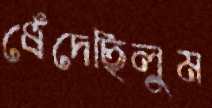
ধেঁদেছিলুম